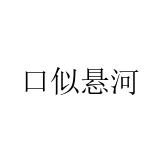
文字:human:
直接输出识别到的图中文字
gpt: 口似悬河